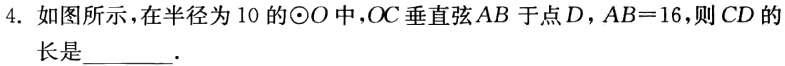
4. 如图所示，在半径为10的$\odot O$中，$OC$垂直弦$AB$于点$D$，$AB = 16$，则$CD$的长是______．